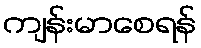
ကျန်းမာစေရန်